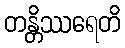
တန္တိဿရေတိ